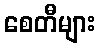
စေတီများ